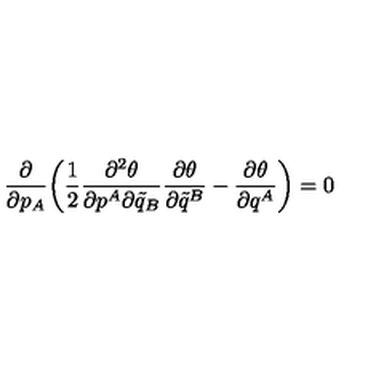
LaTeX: \frac { \partial } { \partial p _ { A } } \bigg ( \frac { 1 } { 2 } \frac { \partial ^ { 2 } \theta } { \partial p ^ { A } \partial \tilde { q } _ { B } } \frac { \partial \theta } { \partial \tilde { q } ^ { B } } - \frac { \partial \theta } { \partial q ^ { A } } \bigg ) = 0